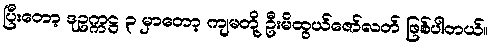
ပြီးတော့ ဒုဥက္ကဋ္ဌ ၃ မှာတော့ ကျမတို့ ဦးမိထွယ်ဇော်လတ် ဖြစ်ပါတယ်။